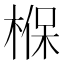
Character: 椺